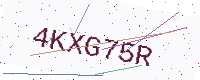
Text: 4KXG75R